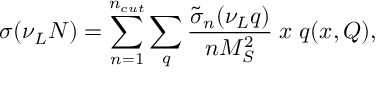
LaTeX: \sigma ( \nu _ { L } N ) = \sum _ { n = 1 } ^ { n _ { c u t } } \sum _ { q } { \frac { \tilde { \sigma } _ { n } ( \nu _ { L } q ) } { n M _ { S } ^ { 2 } } } \; x \; q ( x , Q ) ,